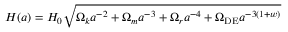
H ( a ) = H _ { 0 } { \sqrt { { \Omega _ { k } a ^ { - 2 } + \Omega } _ { m } a ^ { - 3 } + \Omega _ { r } a ^ { - 4 } + \Omega _ { \mathrm { D E } } a ^ { - 3 ( 1 + w ) } } }